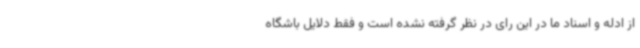
از ادله و اسناد ما در این رای در نظر گرفته نشده است و فقط دلایل باشگاه